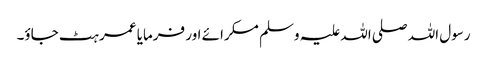
رسول اللہ صلی اللہ علیہ وسلم مسکرائے اور فرمایا عمر ہٹ جاؤ۔